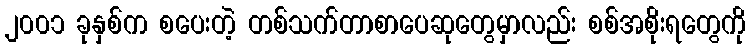
၂၀၀၁ ခုနှစ်က စပေးတဲ့ တစ်သက်တာစာပေဆုတွေမှာလည်း စစ်အစိုးရတွေကို